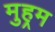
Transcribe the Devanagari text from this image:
मुहर्‍म